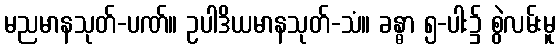
မညမာနသုတ်-ပဏ်။ ဥပါဒိယမာနသုတ်-သံ။ ခန္ဓာ ၅-ပါး၌ စွဲလမ်းမူ